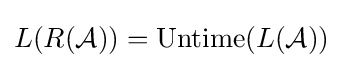
L(R({\mathcal {A}}))=\operatorname {Untime} (L({\mathcal {A}}))